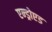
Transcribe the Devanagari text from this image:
एन्ड्रोएड